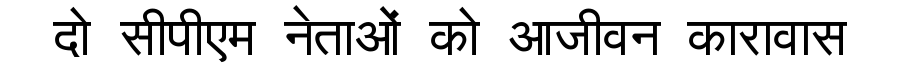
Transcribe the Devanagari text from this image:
दो सीपीएम नेताओं को आजीवन कारावास